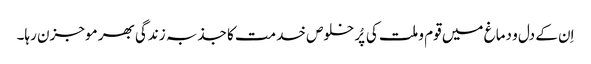
اِن کے دل و دماغ میں قوم و ملت کی پُر خلوص خدمت کا جذبہ زندگی بھر موجزن رہا۔